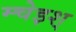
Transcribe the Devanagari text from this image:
म्चेइश्